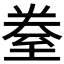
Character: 𮍢